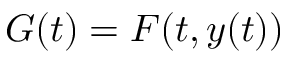
G ( t ) = F ( t , y ( t ) )